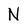
Character: N